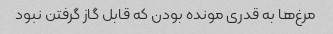
مرغ‌ها به قدری مونده بودن که قابل گاز گرفتن نبود